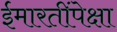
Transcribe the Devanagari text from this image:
ईमारतींपेक्षा